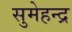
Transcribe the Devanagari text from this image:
सुमेहन्द्र